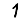
Digit: 1